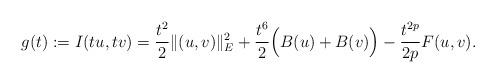
LaTeX: \begin{align*}g(t):=I(tu,tv)=\frac{t^{2}}{2}\|(u,v)\|_{E}^{2}+\frac{t^{6}}{2}\Big(B(u)+B(v)\Big)-\frac{t^{2p}}{2p}F(u,v).\end{align*}